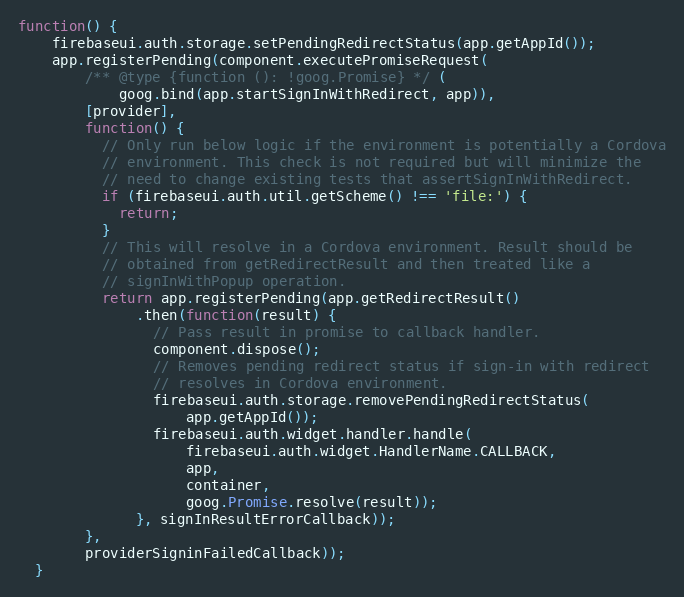
Language: JavaScript
function() {
    firebaseui.auth.storage.setPendingRedirectStatus(app.getAppId());
    app.registerPending(component.executePromiseRequest(
        /** @type {function (): !goog.Promise} */ (
            goog.bind(app.startSignInWithRedirect, app)),
        [provider],
        function() {
          // Only run below logic if the environment is potentially a Cordova
          // environment. This check is not required but will minimize the
          // need to change existing tests that assertSignInWithRedirect.
          if (firebaseui.auth.util.getScheme() !== 'file:') {
            return;
          }
          // This will resolve in a Cordova environment. Result should be
          // obtained from getRedirectResult and then treated like a
          // signInWithPopup operation.
          return app.registerPending(app.getRedirectResult()
              .then(function(result) {
                // Pass result in promise to callback handler.
                component.dispose();
                // Removes pending redirect status if sign-in with redirect
                // resolves in Cordova environment.
                firebaseui.auth.storage.removePendingRedirectStatus(
                    app.getAppId());
                firebaseui.auth.widget.handler.handle(
                    firebaseui.auth.widget.HandlerName.CALLBACK,
                    app,
                    container,
                    goog.Promise.resolve(result));
              }, signInResultErrorCallback));
        },
        providerSigninFailedCallback));
  }